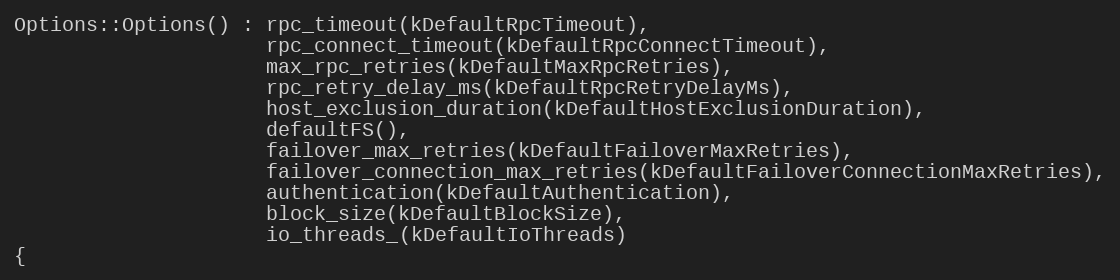
Language: C++
Options::Options() : rpc_timeout(kDefaultRpcTimeout),
                     rpc_connect_timeout(kDefaultRpcConnectTimeout),
                     max_rpc_retries(kDefaultMaxRpcRetries),
                     rpc_retry_delay_ms(kDefaultRpcRetryDelayMs),
                     host_exclusion_duration(kDefaultHostExclusionDuration),
                     defaultFS(),
                     failover_max_retries(kDefaultFailoverMaxRetries),
                     failover_connection_max_retries(kDefaultFailoverConnectionMaxRetries),
                     authentication(kDefaultAuthentication),
                     block_size(kDefaultBlockSize),
                     io_threads_(kDefaultIoThreads)
{